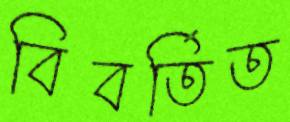
বিবর্তিত